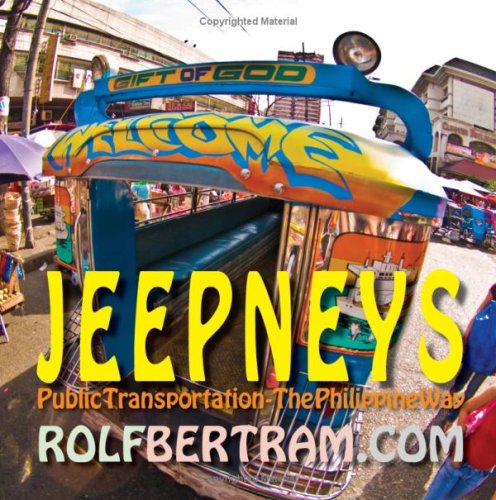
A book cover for Jeepneys: Public Transportation - The Philippine Way!; Rolf Bertram; Travel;